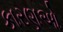
કારણઓ